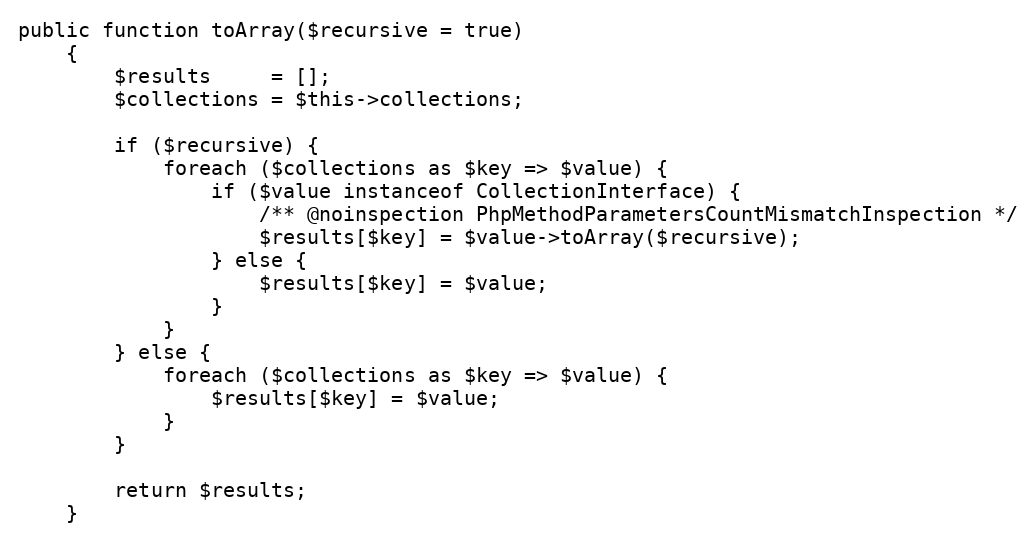
Language: PHP
public function toArray($recursive = true)
    {
        $results     = [];
        $collections = $this->collections;

        if ($recursive) {
            foreach ($collections as $key => $value) {
                if ($value instanceof CollectionInterface) {
                    /** @noinspection PhpMethodParametersCountMismatchInspection */
                    $results[$key] = $value->toArray($recursive);
                } else {
                    $results[$key] = $value;
                }
            }
        } else {
            foreach ($collections as $key => $value) {
                $results[$key] = $value;
            }
        }

        return $results;
    }